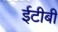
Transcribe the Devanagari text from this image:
ईटीबी